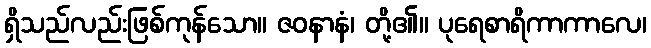
ရှိသည်လည်းဖြစ်ကုန်သော။ ဇဝနာနံ၊ တို့၏။ ပုရေစာရိကာကာလေ၊